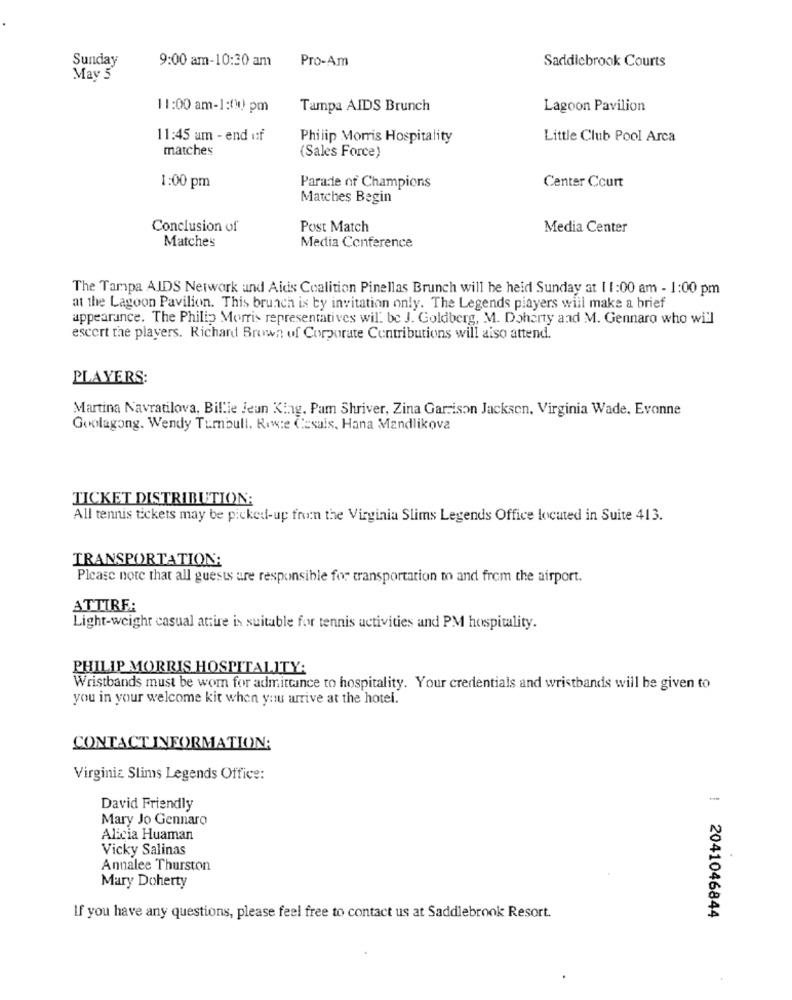
Sunday
9:00 am-10:30 am
Pro-Am
Saddlebrook Courts
May 5
11:00 am-1:(11) pm
Tampa AIDS Brunch
Lagoon Pavilion
11:45 am - end uf
Philip Morris Hospitality
Little Club Pool Arca
matches
(Sales Force)
Center Court
1:00 pm
Parade of Champions
Matches Begin
Conclusion of
Post Match
Media Center
Matches
Media Conference
The Tampa AIDS Network and Aids Coalition Pinellas Brunch will be held Sunday at 1 1:00 am - 1:00 pm
at the Lagoon Pavilion. This brunch is by invitation only. The Legends players will make a brief
appearance. The Philip Morris representatives will be J. Goldberg, M. Doherty and M. Gennaro who will
escort the players. Richardt Brown of Corporate Contributions will also attend.
PLAYERS:
Martina Navratilova, Billie Jean King. Pam Shriver, Zina Garrison Jackson, Virginia Wade, Evonne
Goolagong. Wendy Tumbull. Rewe Casais, Hana Mandlikova
TICKET DISTRIBUTION:
All tennis tickets may be picked-up from the Virginia Slims Legends Office locuted in Suite 413.
TRANSPORTATION:
Please note that all guests are responsible for transportation to and from the airport.
ATTIRE:
Light-weight casual attire is suitable for tennis activities and PM hospitality.
PHILIP MORRIS HOSPITALITY:
Wristbands must be worn for admittance to hospitality. Your credentials and wristbands will be given to
you in your welcome kit when you arrive at the hotel.
CONTACT INFORMATION:
Virginia Slims Legends Office:
David Friendly
Mary Jo Gennaro
Alicia Huaman
Vicky Salinas
Annalee Thurston
Mary Doherty
If you have any questions, please feel free to contact us at Saddlebrook Resort.
| 2041046844